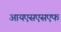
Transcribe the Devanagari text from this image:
आयएसएसएफ